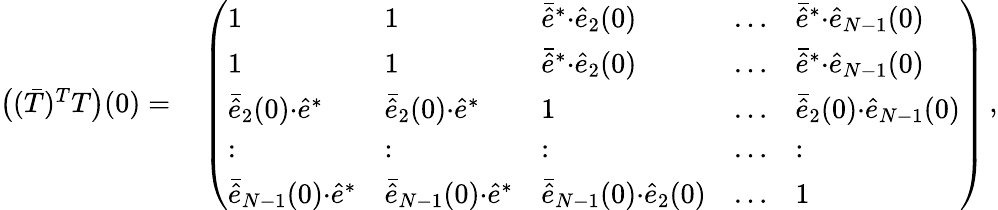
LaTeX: \begin{array}{rl}{\big((\bar{T})^{T}T\big)(0)=}&{{}\left(\begin{array}{lllll}{1}&{1}&{\bar{\hat{e}}^{*}{\cdot}\hat{e}_{2}(0)}&{\dots}&{\bar{\hat{e}}^{*}{\cdot}\hat{e}_{N-1}(0)}\\ {1}&{1}&{\bar{\hat{e}}^{*}{\cdot}\hat{e}_{2}(0)}&{\dots}&{\bar{\hat{e}}^{*}{\cdot}\hat{e}_{N-1}(0)}\\ {\bar{\hat{e}}_{2}(0){\cdot}\hat{e}^{*}}&{\bar{\hat{e}}_{2}(0){\cdot}\hat{e}^{*}}&{1}&{\dots}&{\bar{\hat{e}}_{2}(0){\cdot}\hat{e}_{N-1}(0)}\\ {:}&{:}&{:}&{\dots}&{:}\\ {\bar{\hat{e}}_{N-1}(0){\cdot}\hat{e}^{*}}&{\bar{\hat{e}}_{N-1}(0){\cdot}\hat{e}^{*}}&{\bar{\hat{e}}_{N-1}(0){\cdot}\hat{e}_{2}(0)}&{\dots}&{1}\end{array}\right)\, ,}\end{array}